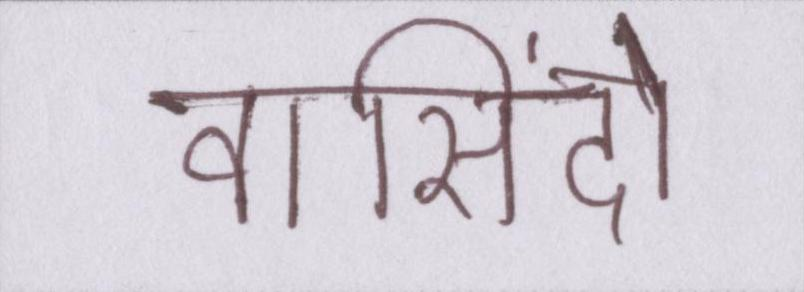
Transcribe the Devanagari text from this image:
वासिंदो